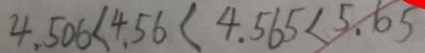
4 . 5 0 6 < 4 . 5 6 < 4 . 5 6 5 < 5 . 6 5